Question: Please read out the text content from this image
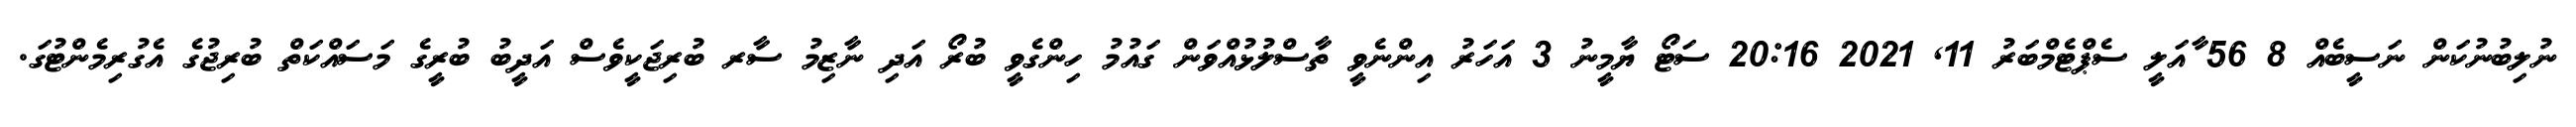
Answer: ނުލިބުނުކަން ނަސީބެއް 8 56 ާއަލީ ސެޕްޓެމްބަރު 11, 2021 20:16 ސަޓޯ ޔާމީނު 3 އަހަރު އިންނެވީ ތާސްލުޅުއްވަން ގައުމު ހިންގެވީ ބުރޯ އަދި ނާޒިމު ސާރ ބުރިޖަކީވެސް އަދީބު ބުރީގެ މަސައްކަތް ބުރިޖުގެ އެގުރިމެންޓުގަ.